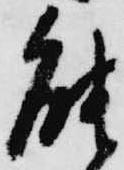
能